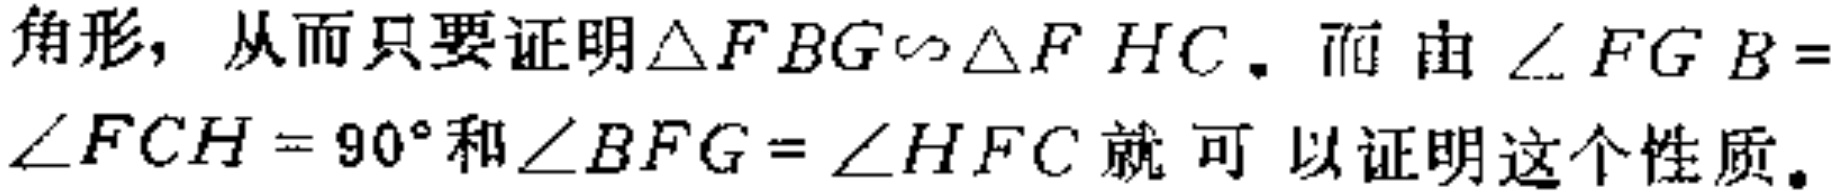
角形, 从而只要证明$\triangle FBG\sim\triangle FHC$. 而由$\angle FGB = \angle FCH = 90^{\circ}$和$\angle BFG=\angle HFC$就可以证明这个性质。